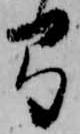
弓